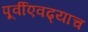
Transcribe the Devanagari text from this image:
पूर्वीएवढ्याच